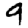
Digit: 9